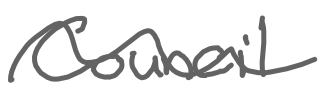
Text: Council
Cross-out: wave
Writing tool: digital_gray